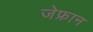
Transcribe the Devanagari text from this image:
जेफ्रान